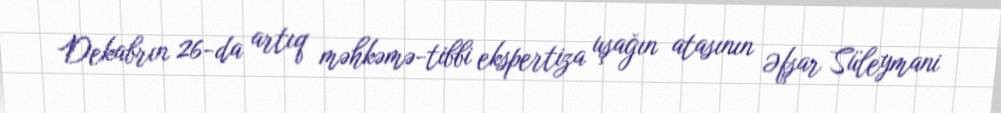
Dekabrın 26-da artıq məhkəmə-tibbi ekspertiza uşağın atasının Əfşar Süleymani